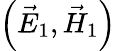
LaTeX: \left(\vec{E}_{1},\vec{H}_{1}\right)